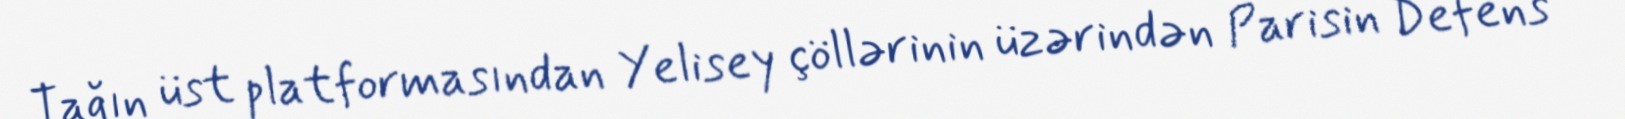
Tağın üst platformasından Yelisey çöllərinin üzərindən Parisin Defens